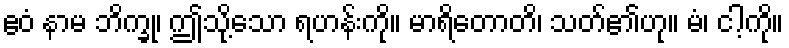
ဧဝံ နာမ ဘိက္ခု၊ ဤသို့သော ရဟန်းကို။ မာရိတောတိ၊ သတ်၏ဟု။ မံ၊ ငါ့ကို။